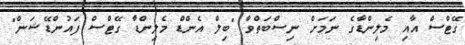
ގޭޓްސް އާއި މެލިންޑާގެ ނަމަށް ނިސްބަތްވާ "ބިލް އެންޑް މެލިންޑާ ގޭޓްސް ފައުންޑޭޝަން"